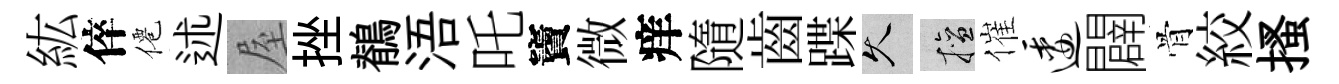
紘倅僊述屋挫鶺浯吒竇微痒隨齒蹀久擅催逶闢骨絞搔